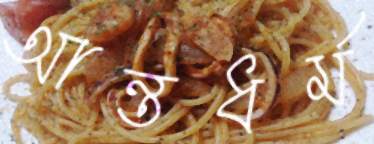
আন্তধর্ম